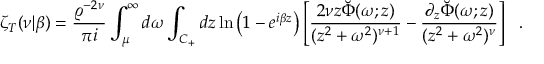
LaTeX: \zeta _ { T } ( \nu | \beta ) = { \frac { \varrho ^ { - 2 \nu } } { \pi i } } \int _ { \mu } ^ { \infty } d \omega \int _ { C _ { + } } d z \ln \left( 1 - e ^ { i \beta z } \right) \left[ { \frac { 2 \nu z \breve { \Phi } ( \omega ; z ) } { ( z ^ { 2 } + \omega ^ { 2 } ) ^ { \nu + 1 } } } - { \frac { \partial _ { z } \breve { \Phi } ( \omega ; z ) } { ( z ^ { 2 } + \omega ^ { 2 } ) ^ { \nu } } } \right] ~ ~ .